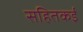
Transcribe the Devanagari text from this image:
सहितकई